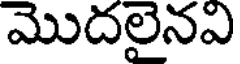
మొదలైనఎ